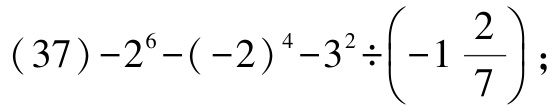
\((37)-2^{6}-(-2)^{4}-3^{2}\div\left(-1\frac{2}{7}\right);\)